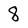
Character: 8